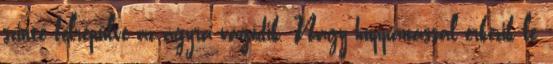
szinte felrepülve az ágyra vágódik. Nagy huppanással érkezik le,